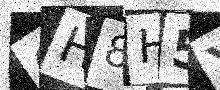
Text: QH8H5Y